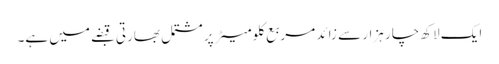
ایک لاکھ چار ہزار سے زائد مربع کلومیٹر پر مشتمل بھارتی قبضے میں ہے۔